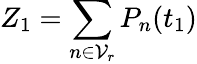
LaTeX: Z_{1}=\sum_{n\in\mathcal{V}_{r}}P_{n}(t_{1})